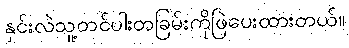
နှင်းလဲသူ့တင်ပါးတခြမ်းကိုဖြဲပေးထားတယ်။